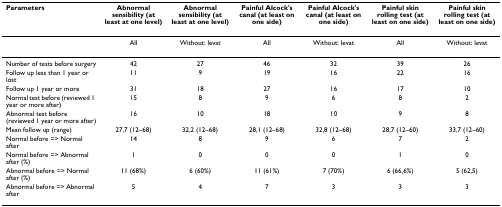
<table><thead><tr><td><b>Parameters</b></td><td><b>Abnormal sensibility (at least at one level)</b></td><td><b>Abnormal sensibility (at least at one level)</b></td><td><b>Painful Alcock&#x27;s canal (at least on one side)</b></td><td><b>Painful Alcock&#x27;s canal (at least on one side)</b></td><td><b>Painful skin rolling test (at least on one side)</b></td><td><b>Painful skin rolling test (at least on one side)</b></td></tr></thead><tbody><tr><td></td><td>All</td><td>Without: levat</td><td>All</td><td>Without: levat</td><td>All</td><td>Without: levat</td></tr><tr><td>Number of tests before surgery</td><td>42</td><td>27</td><td>46</td><td>32</td><td>39</td><td>26</td></tr><tr><td>Follow up less than 1 year or lost</td><td>11</td><td>9</td><td>19</td><td>16</td><td>22</td><td>16</td></tr><tr><td>Follow up 1 year or more</td><td>31</td><td>18</td><td>27</td><td>16</td><td>17</td><td>10</td></tr><tr><td>Normal test before (reviewed 1 year or more after)</td><td>15</td><td>8</td><td>9</td><td>6</td><td>8</td><td>2</td></tr><tr><td>Abnormal test before (reviewed 1 year or more after)</td><td>16</td><td>10</td><td>18</td><td>10</td><td>9</td><td>8</td></tr><tr><td>Mean follow up (range)</td><td>27,7 (12–68)</td><td>32,2 (12–68)</td><td>28,1 (12–68)</td><td>32,8 (12–68)</td><td>28,7 (12–60)</td><td>33,7 (12–60)</td></tr><tr><td>Normal before =&gt; Normal after</td><td>14</td><td>8</td><td>9</td><td>6</td><td>7</td><td>2</td></tr><tr><td>Normal before =&gt; Abnormal after (%)</td><td>1</td><td>0</td><td>0</td><td>0</td><td>1</td><td>0</td></tr><tr><td>Abnormal before =&gt; Normal after (%)</td><td>11 (68%)</td><td>6 (60%)</td><td>11 (61%)</td><td>7 (70%)</td><td>6 (66,6%)</td><td>5 (62,5)</td></tr><tr><td>Abnormal before =&gt; Abnormal after</td><td>5</td><td>4</td><td>7</td><td>3</td><td>3</td><td>3</td></tr></tbody></table>